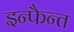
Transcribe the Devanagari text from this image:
इन्फैन्त